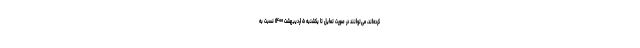
کرده‌اند، می‌توانند در صورت تمایل تا یکشنبه ۵ اردیبهشت ۱۴۰۰ نسبت به